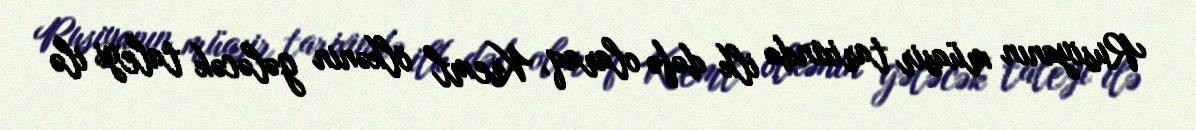
Rusiyanın müasir tarixində ilk dəfə olaraq, Kreml ölkənin gələcək taleyi ilə